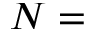
N =